Insane asylums in Bengal annual reports 1867-1875 - 1867-1875
Year: 1867
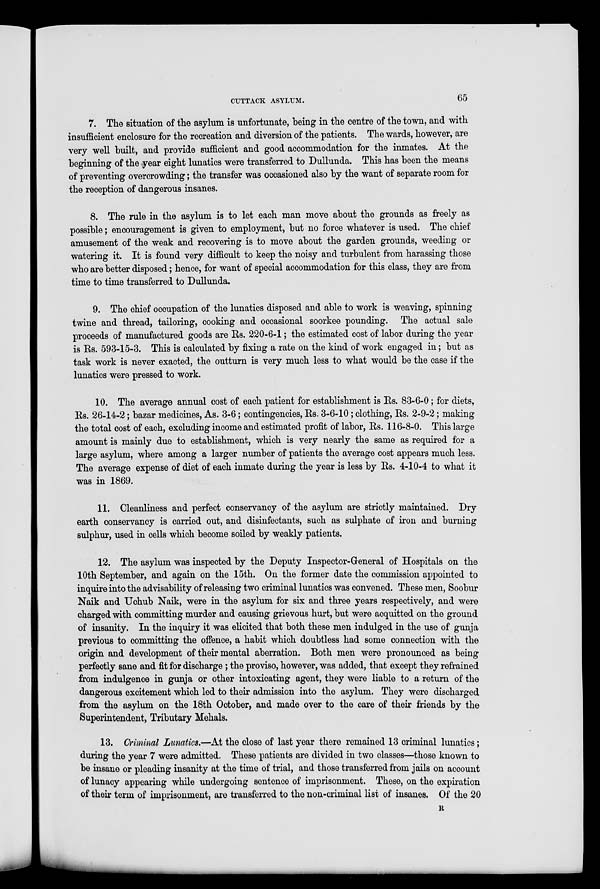
CUTTACK ASYLUM.
65
7. The situation of the asylum is unfortunate, being in the centre of the town, and with
insufficient enclosure for the recreation and diversion of the patients. The wards, however, are
very well built, and provide sufficient and good accommodation for the inmates. At the
beginning of the year eight lunatics were transferred to Dullunda. This has been the means
of preventing overcrowding; the transfer was occasioned also by the want of separate room for
the reception of dangerous insanes.
8. The rule in the asylum is to let each man move about the grounds as freely as
possible; encouragement is given to employment, but no force whatever is used. The chief
amusement of the weak and recovering is to move about the garden grounds, weeding or
watering it. It is found very difficult to keep the noisy and turbulent from harassing those
who are better disposed; hence, for want of special accommodation for this class, they are from
time to time transferred to Dullunda.
9. The chief occupation of the lunatics disposed and able to work is weaving, spinning
twine and thread, tailoring, cooking and occasional soorkee pounding. The actual sale
proceeds of manufactured goods are Rs. 220-6-1; the estimated cost of labor during the year
is Rs. 593-15-3. This is calculated by fixing a rate on the kind of work engaged in; but as
task work is never exacted, the outturn is very much less to what would be the case if the
lunatics were pressed to work.
10. The average annual cost of each patient for establishment is Rs. 83-6-0; for diets,
Rs. 26-14-2; bazar medicines, As. 3-6; contingencies, Rs. 3-6-10; clothing, Rs. 2-9-2; making
the total cost of each, excluding income and estimated profit of labor, Rs. 116-8-0. This large
amount is mainly due to establishment, which is very nearly the same as required for a
large asylum, where among a larger number of patients the average cost appears much less.
The average expense of diet of each inmate during the year is less by Rs. 4-10-4 to what it
was in 1869.
11. Cleanliness and perfect conservancy of the asylum are strictly maintained. Dry
earth conservancy is carried out, and disinfectants, such as sulphate of iron and burning
sulphur, used in cells which become soiled by weakly patients.
12. The asylum was inspected by the Deputy Inspector-General of Hospitals on the
10th September, and again on the 15th. On the former date the commission appointed to
inquire into the advisability of releasing two criminal lunatics was convened. These men, Soobur
Naik and Uchub Naik, were in the asylum for six and three years respectively, and were
charged with committing murder and causing grievous hurt, but were acquitted on the ground
of insanity. In the inquiry it was elicited that both these men indulged in the use of gunja
previous to committing the offence, a habit which doubtless had some connection with the
origin and development of their mental aberration. Both men were pronounced as being
perfectly sane and fit for discharge; the proviso, however, was added, that except they refrained
from indulgence in gunja or other intoxicating agent, they were liable to a return of the
dangerous excitement which led to their admission into the asylum. They were discharged
from the asylum on the 18th October, and made over to the care of their friends by the
Superintendent, Tributary Mehals.
13. Criminal Lunatics.—At the close of last year there remained 13 criminal lunatics;
during the year 7 were admitted. These patients are divided in two classes—those known to
be insane or pleading insanity at the time of trial, and those transferred from jails on account
of lunacy appearing while undergoing sentence of imprisonment. These, on the expiration
of their term of imprisonment, are transferred to the non-criminal list of insanes. Of the 20
R